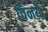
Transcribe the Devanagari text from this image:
विनये